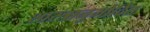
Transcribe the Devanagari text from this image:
शास्त्रानुमोदित